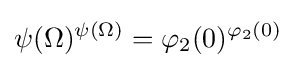
\psi (\Omega )^{\psi (\Omega )}=\varphi _{2}(0)^{\varphi _{2}(0)}